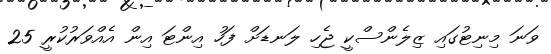
ވަނަ މިނިޓުގައި ޒިލެންސްކީ ޖެހި ލަނޑަށް ފަހު އިންޓަ އިން އެއްވަރުކުރީ 25